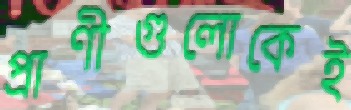
প্রাণীগুলোকেই